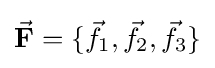
{\vec {\mathbf {F} }}=\{{\vec {f}}_{1},{\vec {f}}_{2},{\vec {f}}_{3}\}